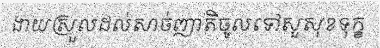
ងាយស្រួលដល់សាច់ញាតិចូលទៅសួសុខទុក្ខ